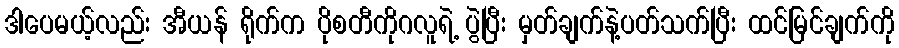
ဒါပေမယ့်လည်း အီယန် ရိုက်က ပိုစတီကိုဂလူရဲ့ ပွဲပြီး မှတ်ချက်နဲ့ပတ်သက်ပြီး ထင်မြင်ချက်ကို